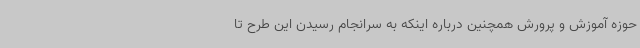
حوزه آموزش و پرورش همچنین درباره اینکه به سرانجام رسیدن این طرح تا